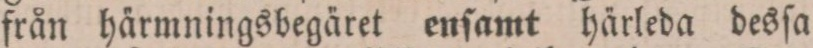
från härmningsbegäret enſamt härleda desſa